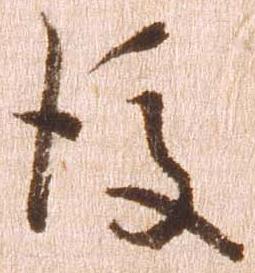
後